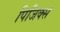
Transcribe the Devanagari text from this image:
पिजिक्स